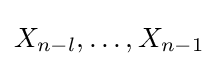
X_{n-l},\ldots ,X_{n-1}